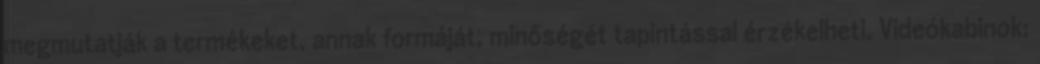
megmutatják a termékeket, annak formáját, minőségét tapintással érzékelheti. Videókabinok: